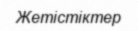
Жетістіктер